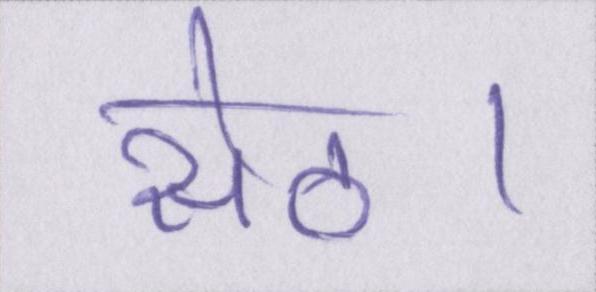
सेठ।